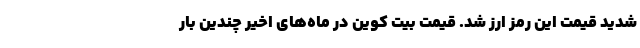
شدید قیمت این رمز ارز شد. قیمت بیت کوین در ماه‌های اخیر چندین بار